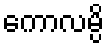
ကောလမ္ပိ